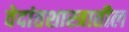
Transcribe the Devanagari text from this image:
वेदांतशास्त्रातील